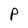
Character: P